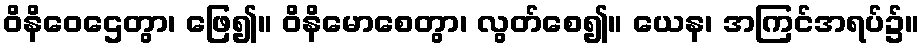
ဝိနိဝေဌေတွာ၊ ဖြေ၍။ ဝိနိမောစေတွာ၊ လွတ်စေ၍။ ယေန၊ အကြင်အရပ်၌။